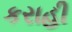
કરાહી